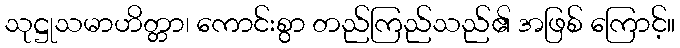
သုဋ္ဌုသမာဟိတ္တာ၊ ကောင်းစွာ တည်ကြည်သည်၏ အဖြစ် ကြောင့်။